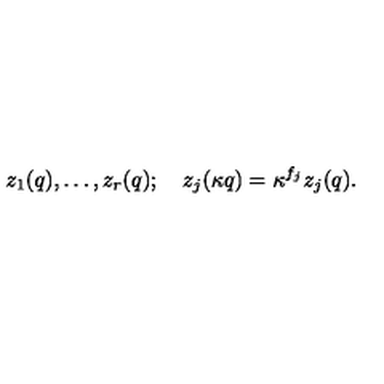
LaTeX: z _ { 1 } ( q ) , \ldots , z _ { r } ( q ) ; \quad z _ { j } ( \kappa q ) = \kappa ^ { f _ { j } } z _ { j } ( q ) .